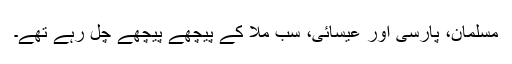
مسلمان، پارسی اور عیسائی، سب ملّا کے پیچھے پیچھے چل رہے تھے۔